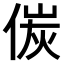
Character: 𠋌